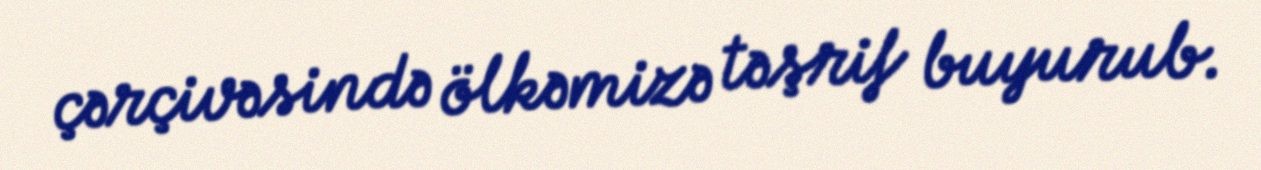
çərçivəsində ölkəmizə təşrif buyurub.